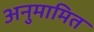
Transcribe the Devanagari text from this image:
अनुमामित